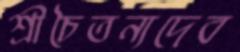
শ্রীচৈতন্যদেব